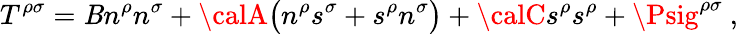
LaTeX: T^{\rho\sigma}={\cal\mathit{B}}n^{\rho}n^{\sigma}+{\calA}\big(n^{\rho}s^{\sigma}+s^{\rho}n^{\sigma}\big)+{\calC}s^{\rho}s^{\rho}+\Psig^{\rho\sigma}\ ,